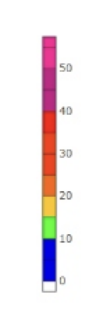
Blue: 0 to 10
Green: 10 to 15
Yellow: 15 to 20
Orange: 20 to 25
Dark Orange: 25 to 35
Red: 35 to 40
Magenta: 40 to 50
Pink: 50 to 65